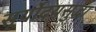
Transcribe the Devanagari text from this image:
सूर्योदयसुद्धा